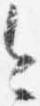
今